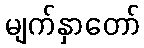
မျက်နှာတော်